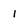
Character: 1